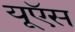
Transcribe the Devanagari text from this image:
यूऍस